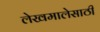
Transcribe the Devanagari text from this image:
लेखमालेसाठी